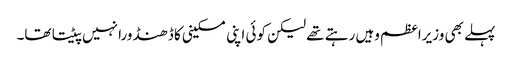
پہلے بھی وزیراعظم وہیں رہتے تھے لیکن کوئی اپنی مسکینی کا ڈھنڈورا نہیں پیٹتا تھا۔